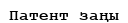
Патент заңы